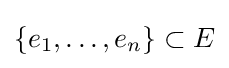
\{e_{1},\dots ,e_{n}\}\subset E